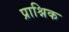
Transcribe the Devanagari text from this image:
प्राश्निक